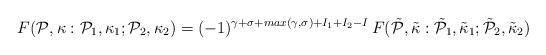
LaTeX: \begin{align*}F( {\cal P}, \kappa: {\cal P}_1, {\kappa}_1; {\cal P}_2, {\kappa}_2) = (-1)^{\gamma + \sigma + max(\gamma,\sigma) + I_1 +I_2 - I} \, F( \tilde{\cal P}, \tilde{\kappa}: \tilde{\cal P}_1, \tilde{\kappa}_1; \tilde{\cal P}_2, \tilde{\kappa}_2)\end{align*}